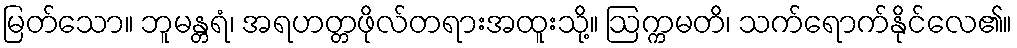
မြတ်သော။ ဘူမန္တရံ၊ အရဟတ္တဖိုလ်တရားအထူးသို့။ ဩက္ကမတိ၊ သက်ရောက်နိုင်လေ၏။